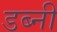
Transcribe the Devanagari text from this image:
डब्नी